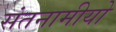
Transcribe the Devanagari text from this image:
संतनामीयो